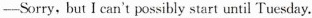
—Sorry, but I can't possibly start until Tuesday.